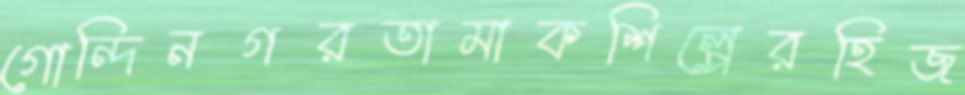
গোন্দিনগরতামাকশিল্পেরহিজ